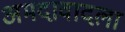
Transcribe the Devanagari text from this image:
अमदावादला